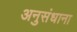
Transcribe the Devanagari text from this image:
अनुसंधाना